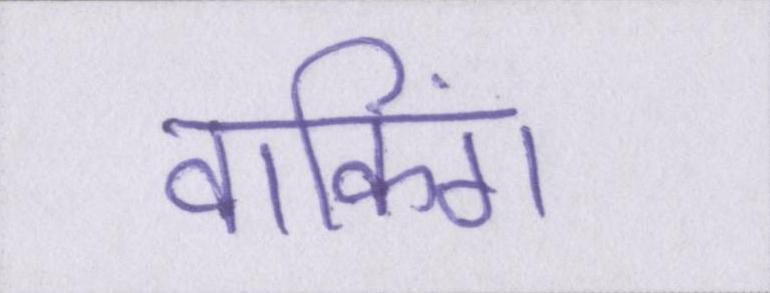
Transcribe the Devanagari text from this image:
वाकिंग